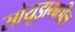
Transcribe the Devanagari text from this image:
सोयूझमधील